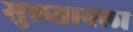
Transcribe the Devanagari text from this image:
सुलतानला